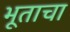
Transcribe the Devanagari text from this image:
भूताचा